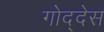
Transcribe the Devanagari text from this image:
गोद्देस